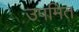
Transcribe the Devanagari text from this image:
उपमित